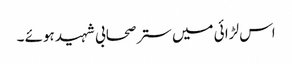
اس لڑا ئی میں ستر صحابی شہید ہوئے ۔